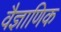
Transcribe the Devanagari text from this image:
वैज्ञाणिक